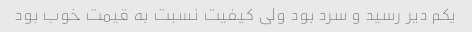
یکم دیر رسید و سرد بود ولی کیفیت نسبت به قیمت خوب بود